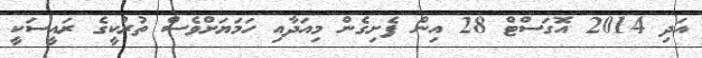
އަދި 2014 އޮގަސްޓް 28 އިން ފެށިގެން މިއަދާއި ހަމަޔަށްވެސް ތުރުކީގެ ރައީސަކީ